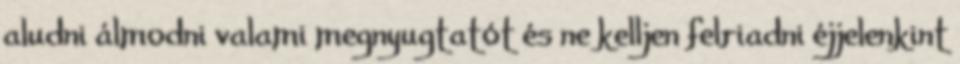
aludni álmodni valami megnyugtatót és ne kelljen felriadni éjjelenkint